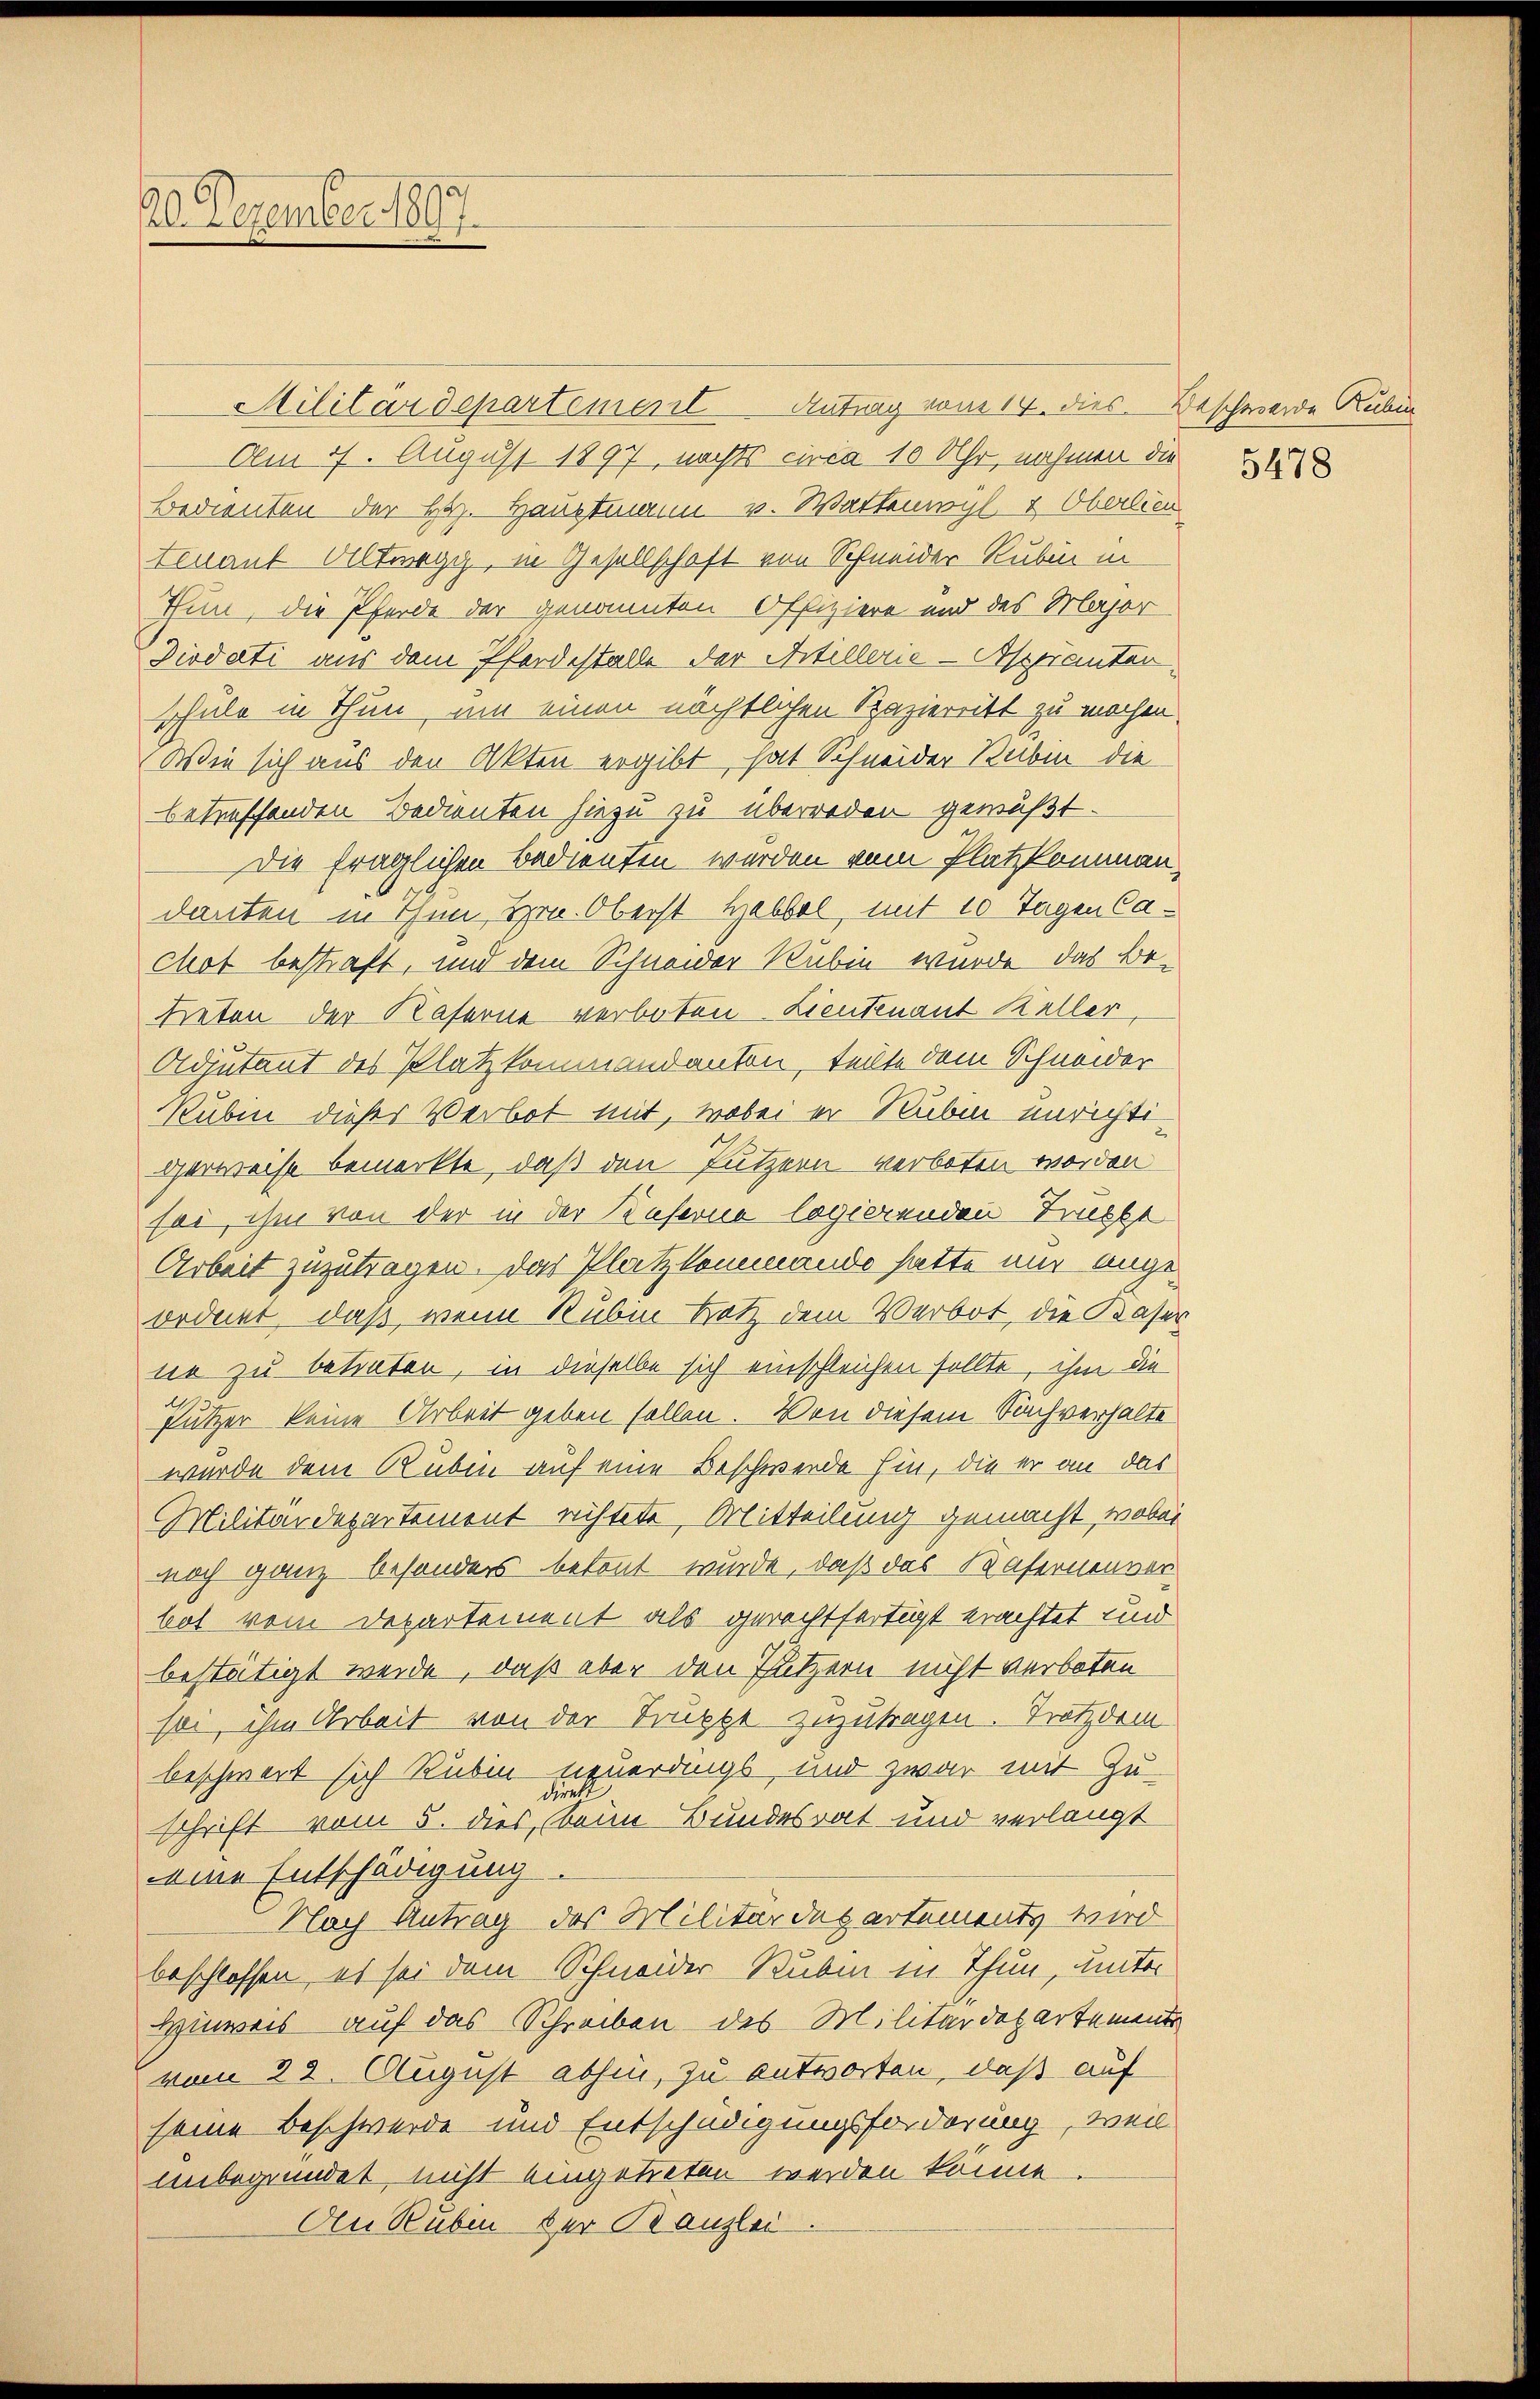
20. Dezember 1891

Militärdepartement Antrag vom 14. dies. Beschwerde Rubin
Am 7. August 1897, nachts circa 10 Uhr, nahmen die
Bedienten der Bez. Hauptmann v. Wartenwyl & Oberlie
tenant Altwegg, in Gesellschaft von Schneider Rubin in
Thun, die Pferde der genannten Offiziere und des Major
Diodati aus dem Pferdestalle der Artillerie-Appianten,
schule in Thun, um einen nächtlichen Spazierritt zu machen.
Wie sich aus den Akten ergibt, hat Schneider Raben die
betreffenden Bedienten hiezu zu überreden gewußt.
Die fraglichen Bedienten werden vom Platzkommandanten in Thun Hrn. Oberst Hebbel, mit 10 Tagen Cachot bestraft, und dem Schneider Rubin wurde das Be-
teten der Kaserne verboten Lieutenant Keller
Adjutant des Platz kommandanton, teilte dem Schneider
Rubin dieses Verbot mit, wobei er Ruben unrichtigerweise bemerkte, daß den Putzern verboten worden
fei, ihm von der in der Kaserne logierenden Recht
Arbeit zuzutragen. Das Platz kommando hatte nur ange-
ordnet, daß, wenn Rubin trotz dem Verbot, die Kaser
ne zu betreten, in dieselbe sich einschleichen sollte, ihm die
d
fützer keine Arbeit geben sollen. Von diesem Sachverhalte
wurde dem Rubin auf eine Beschwerde hin, die er an das
Militärdepartement richtete, Mitteilung gemacht, wobei
noch ganz besonders betont wurde, daß das Kafernenver
bot vom Departement als gerechtfertigt erachtet und
bestätigt werde, daß aber den Putzern nicht verboten
sei, ihm Arbeit von der Truppe zuzutragen. Trotzdem
beschwert sich Rubin neuerdings und zwar mit Zu-
direkt
schrift vom 5. dies, beim Bundesrat und verlangt
eine Entschädigung
Nach Antrag des Militärdepartements wird
beschlossen, es sei dem Schneider Rubin in Thun, unter
Hinweis auf das Schreiben des Militärdepartement
vom 22. August abhin, zu antworten, daß auf
seine Beschwerde und Entschädigungsforderung, weil
unbegründet, nicht eingetreten werden könne.
An Ruben der Banzlei.

5478